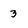
Character: 3